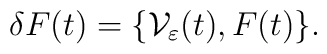
\delta F(t) = \{\mathcal V_\varepsilon(t), F(t)\}.